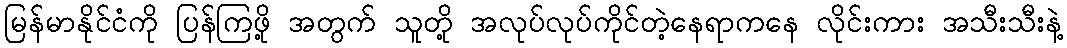
မြန်မာနိုင်ငံကို ပြန်ကြဖို့ အတွက် သူတို့ အလုပ်လုပ်ကိုင်တဲ့နေရာကနေ လိုင်းကား အသီးသီးနဲ့